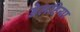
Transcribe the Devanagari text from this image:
डेलहिया